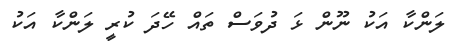
ލަންކާ އަކު ނޫން ޅަ ދުވަސް ތައް ހޭދަ ކުރީ ލަންކާ އަކު